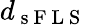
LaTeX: d_{\mathrm{~s~F~L~S~}}